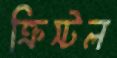
ক্রিস্টল